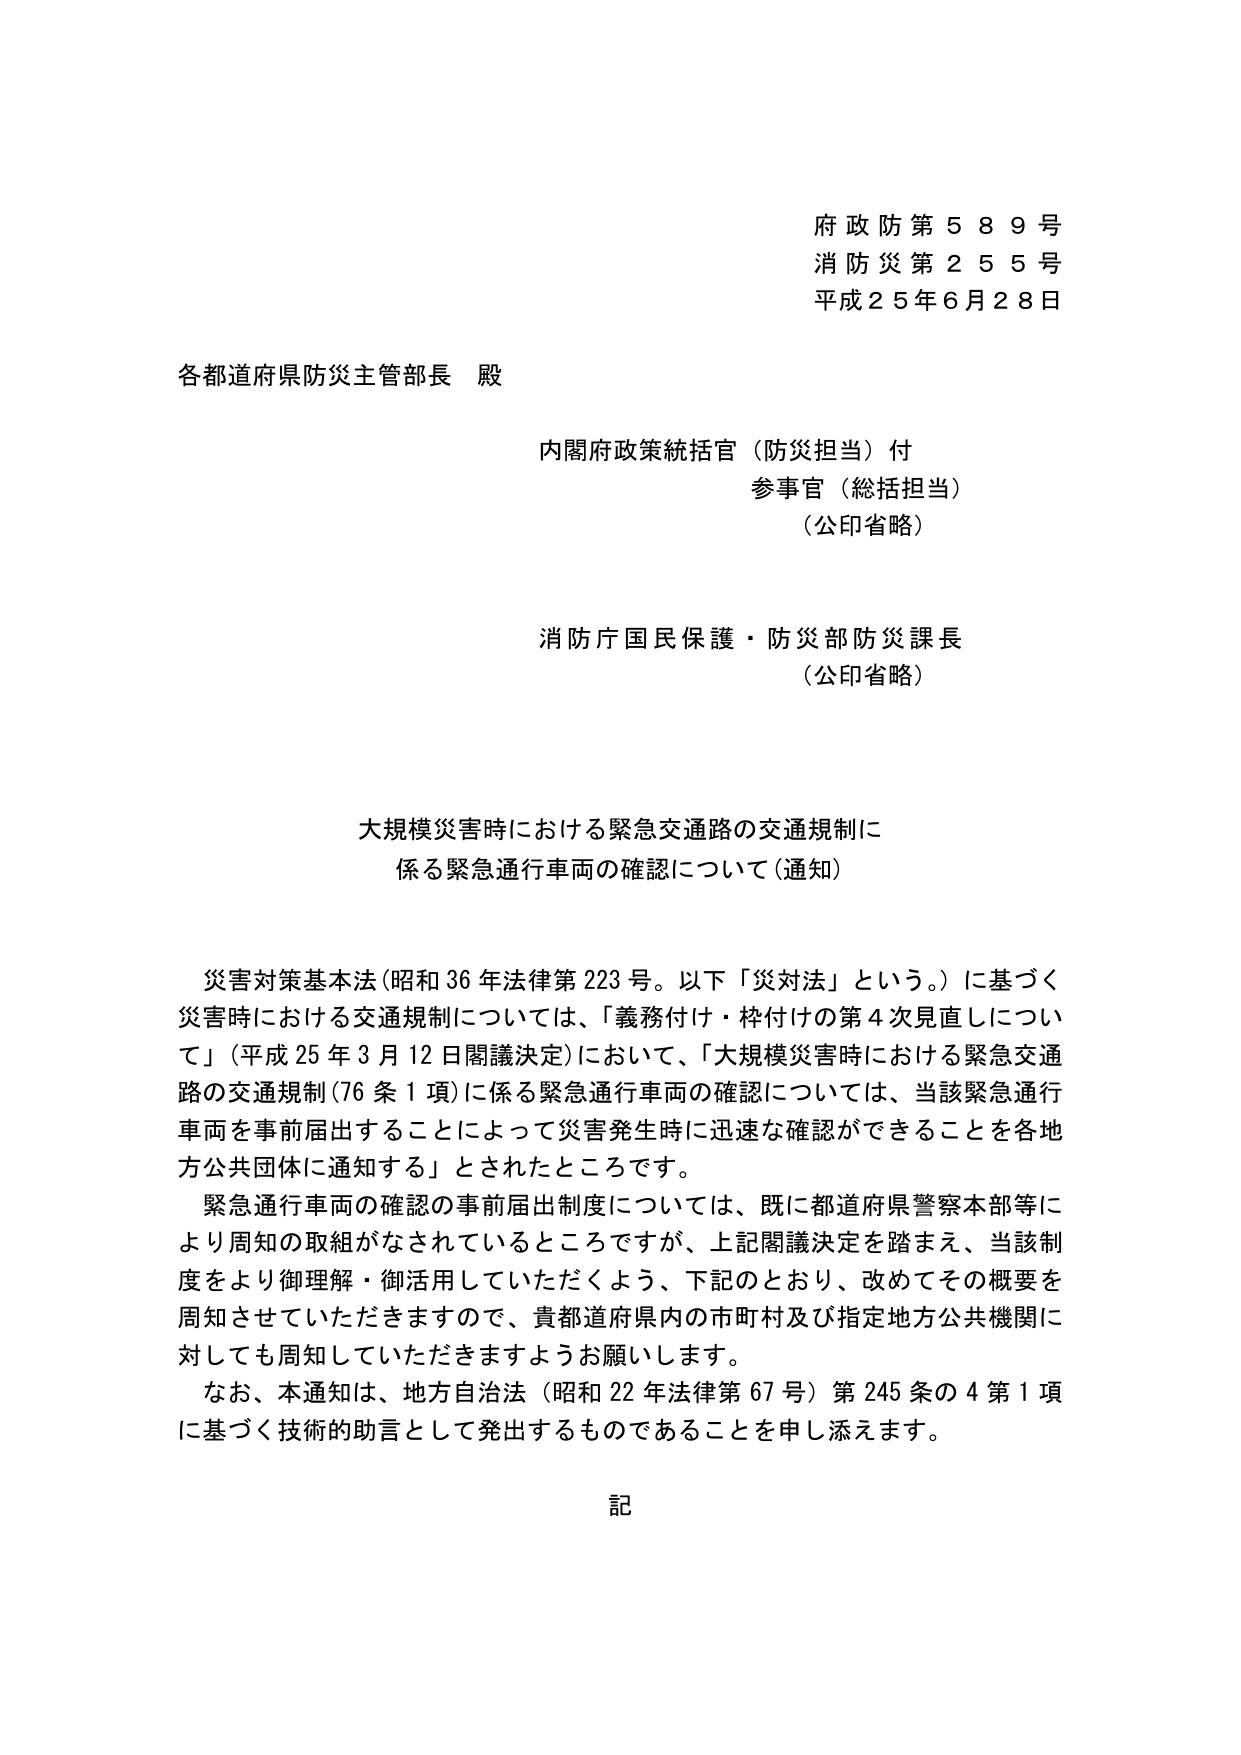
府政防第５８９号
消防災第２５５号
平成２５年６月２８日

各都道府県防災主管部長 殿

内閣府政策統括官（防災担当）付
参事官（総括担当）
（公印省略）

消防庁国民保護・防災部防災課長
（公印省略）

大規模災害時における緊急交通路の交通規制に
係る緊急通行車両の確認について（通知）

災害対策基本法（昭和36年法律第223号。以下「災対法」という。）に基づく
災害時における交通規制については、「義務付け・枠付けの第4次見直しについて」（平成25年3月12日閣議決定）において、「大規模災害時における緊急交通路の交通規制（76条1項）に係る緊急通行車両の確認については、当該緊急通行車両を事前届出することによって災害発生時に迅速な確認ができることを各地方公共団体に通知する」とされたところです。

緊急通行車両の確認の事前届出制度については、既に都道府県警察本部等により周知の取組がなされているところですが、上記閣議決定を踏まえ、当該制度をより御理解・御活用していただくよう、下記のとおり、改めてその概要を周知させていただきますので、貴都道府県内の市町村及び指定地方公共機関に対しても周知していただきますようお願いします。

なお、本通知は、地方自治法（昭和22年法律第67号）第245条の4第1項に基づく技術的助言として発出するものであることを申し添えます。

記